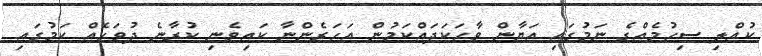
ކުއްލި ސިހުމެއްގެ ނަމުގައި އަޔާން ވާހަކަދައްކަމުން އަހަރެންނާ ކައިވެނި ކުރާނެ ދުވަހެއް ކަމުގައި